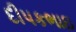
દીપકભાઇ